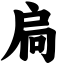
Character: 扃